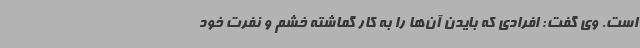
است. وی گفت: افرادی که بایدن آن‌ها را به کار گماشته خشم و نفرت خود